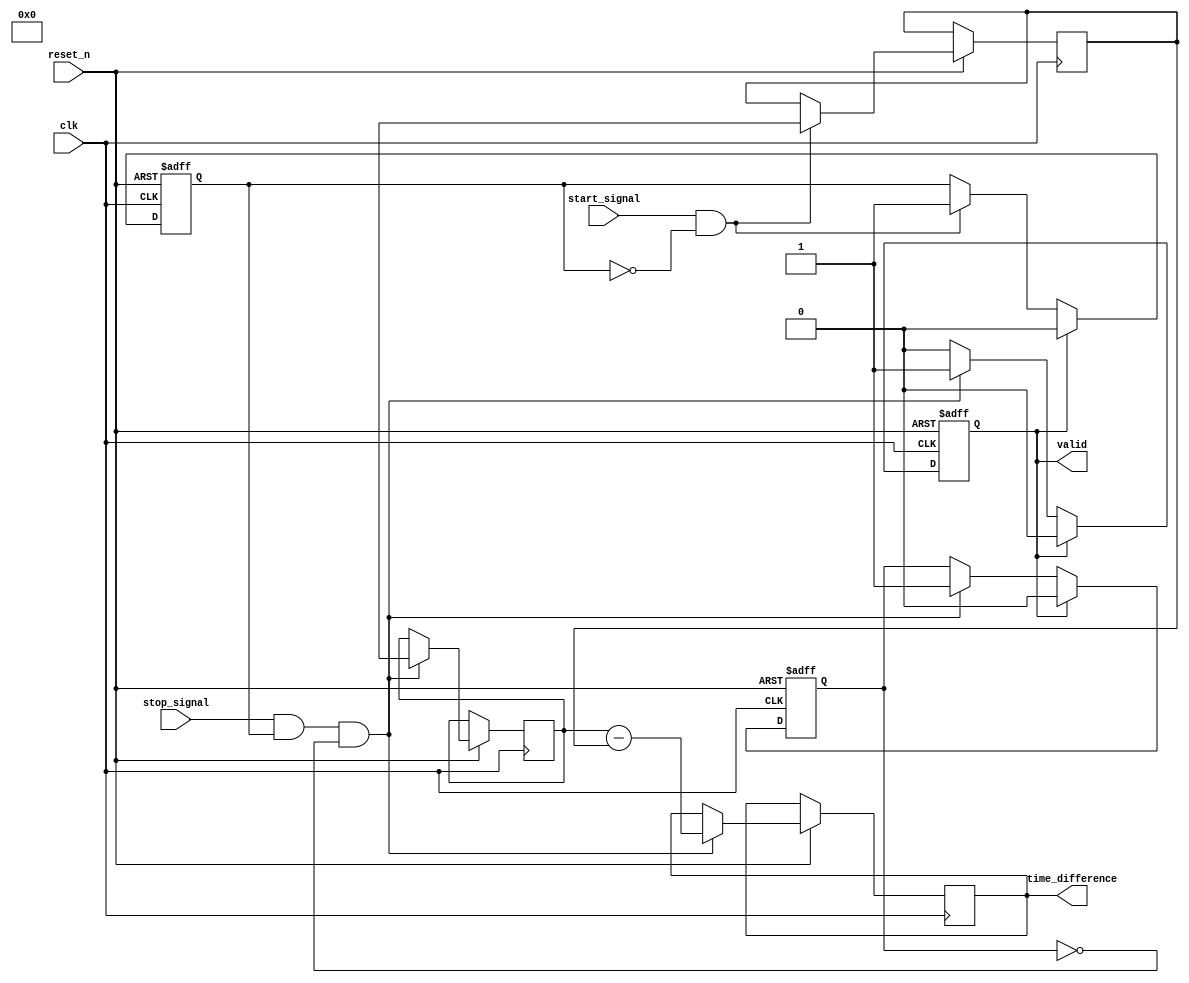
module mem_blocks_hybrid_tdc #(
    parameter DATA_WIDTH = 32,
    parameter ADDR_WIDTH = 5, // Example: 2^5 = 32 memory locations
    parameter CLK_FREQ = 100_000_000 // Example: 100 MHz
)(
    input wire clk,               // High-frequency clock
    input wire reset_n,           // Active low reset
    input wire start_signal,      // Start event signal
    input wire stop_signal,       // Stop event signal
    output reg [DATA_WIDTH-1:0] time_difference, // Output time difference
    output reg valid              // Valid output flag
);

    // Memory for timestamps
    reg [DATA_WIDTH-1:0] timestamp_memory [0:31]; // Dual-port memory (example size)
    reg [ADDR_WIDTH-1:0] write_addr, read_addr;
    reg start_event_captured;
    reg stop_event_captured;
    
    // State variables
    reg [DATA_WIDTH-1:0] start_timestamp;
    reg [DATA_WIDTH-1:0] stop_timestamp;

    // Event capture logic
    always @(posedge clk or negedge reset_n) begin
        if (!reset_n) begin
            start_event_captured <= 1'b0;
            stop_event_captured <= 1'b0;
            valid <= 1'b0;
        end else begin
            // Capture start event
            if (start_signal && !start_event_captured) begin
                start_event_captured <= 1'b1;
                start_timestamp <= $time;  // Capture current timestamp
                write_addr <= write_addr + 1; // Increment write address
                timestamp_memory[write_addr] <= start_timestamp; // Store timestamp
            end
            
            // Capture stop event
            if (stop_signal && start_event_captured && !stop_event_captured) begin
                stop_event_captured <= 1'b1;
                stop_timestamp <= $time; // Capture current timestamp
                write_addr <= write_addr + 1; // Increment write address
                timestamp_memory[write_addr] <= stop_timestamp; // Store timestamp
                
                // Calculate time difference
                time_difference <= stop_timestamp - start_timestamp;
                valid <= 1'b1; // Indicate valid output
            end
            
            // Reset logic for next measurement
            if (valid) begin
                start_event_captured <= 1'b0;
                stop_event_captured <= 1'b0;
                valid <= 1'b0; // Clear valid flag for the next measurement
            end
        end
    end

endmodule